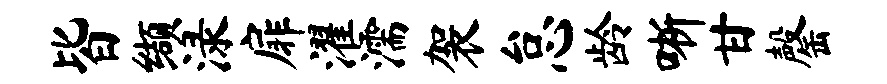
皆缬渌扉濯濡袈怠龄晰甘罄